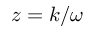
z = k / \omega